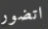
اتضور